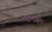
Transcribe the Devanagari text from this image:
स्ट्राइड्स